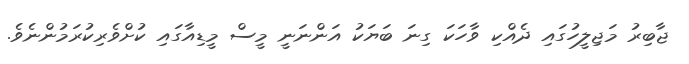
ޖާބިރު މަޖިލީހުގައި ދެއްކި ވާހަކަ ގިނަ ބަޔަކު އަންނަނީ މީސް މީޑިއާގައި ކުށްވެރިކުރަމުންނެވެ.